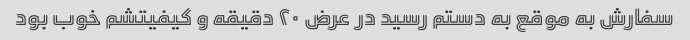
سفارش به موقع به دستم رسید در عرض ۲۰ دقیقه و کیفیتشم خوب بود